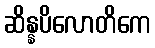
ဆိန္နပိလောတိကေ